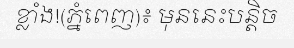
ខ្លាំង!(ភ្នំពេញ)៖ មុននេះបន្តិច